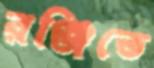
রঞ্জিতে